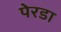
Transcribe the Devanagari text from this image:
पेरडा